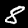
Digit: 8